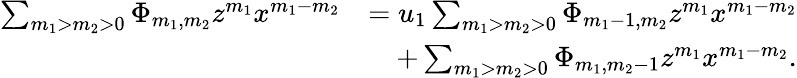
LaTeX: \begin{array}{rl}{\sum_{m_{1}>m_{2}>0}\Phi_{m_{1},m_{2}}z^{m_{1}}x^{m_{1}-m_{2}}}&{=u_{1}\sum_{m_{1}>m_{2}>0}\Phi_{m_{1}-1,m_{2}}z^{m_{1}}x^{m_{1}-m_{2}}}\\ &{\quad+\sum_{m_{1}>m_{2}>0}\Phi_{m_{1},m_{2}-1}z^{m_{1}}x^{m_{1}-m_{2}}.}\end{array}